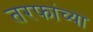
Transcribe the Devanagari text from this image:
तरफांच्या